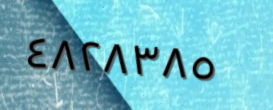
٤٨٢٨٣٨٥